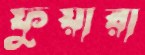
ফুয়ারা